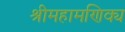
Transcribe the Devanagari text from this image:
श्रीमहामणिक्य